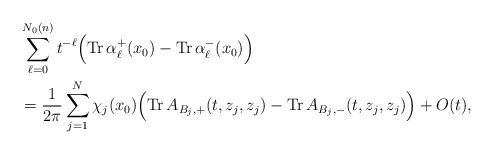
\begin{align*} &\sum^{N_0(n)}_{\ell=0}t^{-\ell}\Bigr(\mathrm{Tr\,}\alpha^+_\ell(x_0)-\mathrm{Tr\,}\alpha^-_\ell(x_0)\Bigr) \\&=\frac{1}{2\pi}\sum^N_{j=1}\chi_j(x_0)\Bigr(\mathrm{Tr\,}A_{B_j,+}(t,z_j,z_j)-\mathrm{Tr\,}A_{B_j,-}(t,z_j,z_j)\Bigr)+O(t),\end{align*}